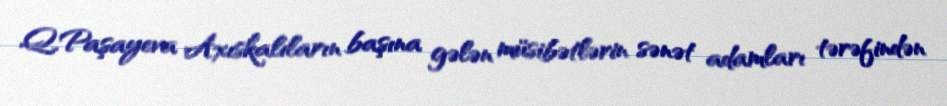
Q.Paşayeva Axıskalıların başına gələn müsibətlərin sənət adamları tərəfindən